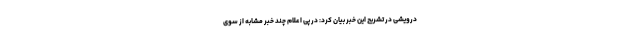
درویشی در تشریح این خبر بیان کرد: در پی اعلام چند خبر مشابه از سوی